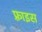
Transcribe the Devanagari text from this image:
फ़्राइस